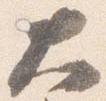
大